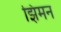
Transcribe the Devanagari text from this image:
झिमन